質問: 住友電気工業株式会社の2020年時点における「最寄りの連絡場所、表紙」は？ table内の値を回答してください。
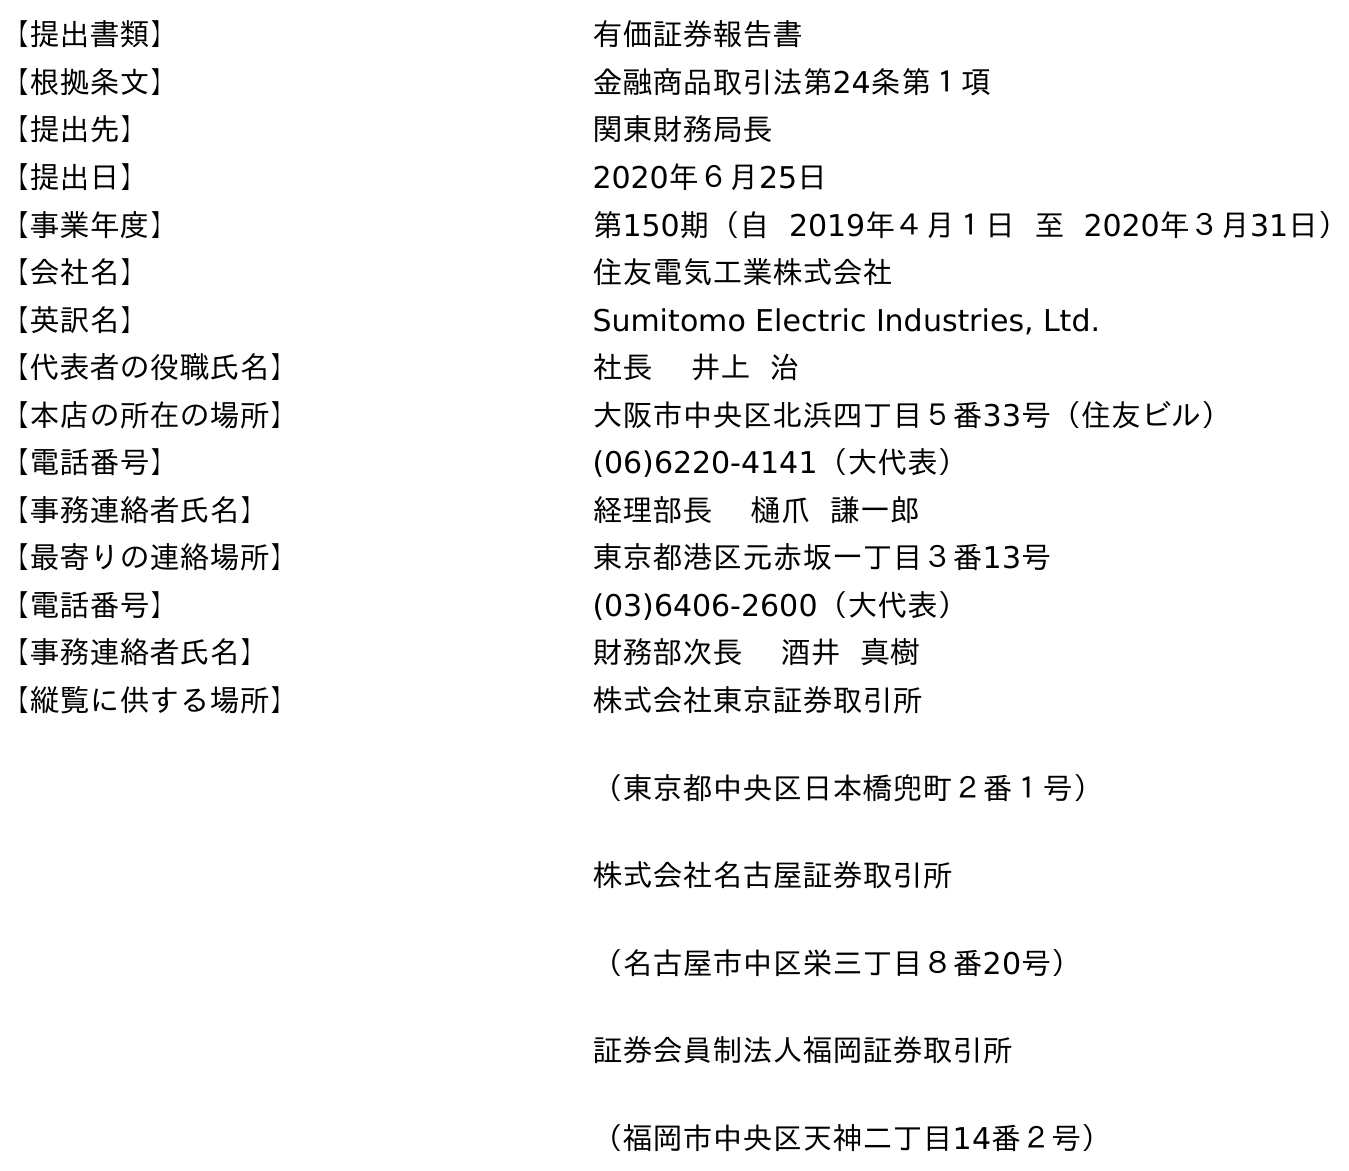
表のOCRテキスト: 【提出書類】 有価証券報告書 【根拠条文】 金融商品取引法第24条第１項 【提出先】 関東財務局長 【提出日】 2020年６月25日 【事業年度】 第150期（自 2019年４月１日 至 2020年３月31日） 【会社名】 住友電気工業株式会社 【英訳名】 Sumitomo Electric Industries, Ltd. 【代表者の役職氏名】 社長 井上 治 【本店の所在の場所】 大阪市中央区北浜四丁目５番33号（住友ビル） 【電話番号】 (06)6220-4141（大代表） 【事務連絡者氏名】 経理部長 樋爪 謙一郎 【最寄りの連絡場所】 東京都港区元赤坂一丁目３番13号 【電話番号】 (03)6406-2600（大代表） 【事務連絡者氏名】 財務部次長 酒井 真樹 【縦覧に供する場所】 株式会社東京証券取引所 （東京都中央区日本橋兜町２番１号） 株式会社名古屋証券取引所 （名古屋市中区栄三丁目８番20号） 証券会員制法人福岡証券取引所 （福岡市中央区天神二丁目14番２号）
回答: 東京都港区元赤坂一丁目３番13号